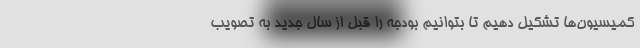
کمیسیون‌ها تشکیل دهیم تا بتوانیم بودجه را قبل از سال جدید به تصویب